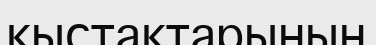
қыстақтарының